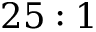
2 5 : 1